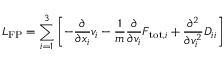
\boldsymbol { L } _ { \mathrm { F P } } = \sum _ { i = 1 } ^ { 3 } \left[ - \frac { \partial } { \partial x _ { i } } v _ { i } - \frac { 1 } { m } \frac { \partial } { \partial v _ { i } } F _ { \mathrm { t o t } , i } + \frac { \partial ^ { 2 } } { \partial v _ { i } ^ { 2 } } D _ { i i } \right]